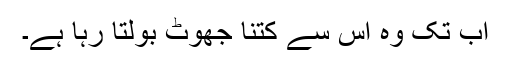
اب تک وہ اس سے کتنا جھوٹ بولتا رہا ہے۔